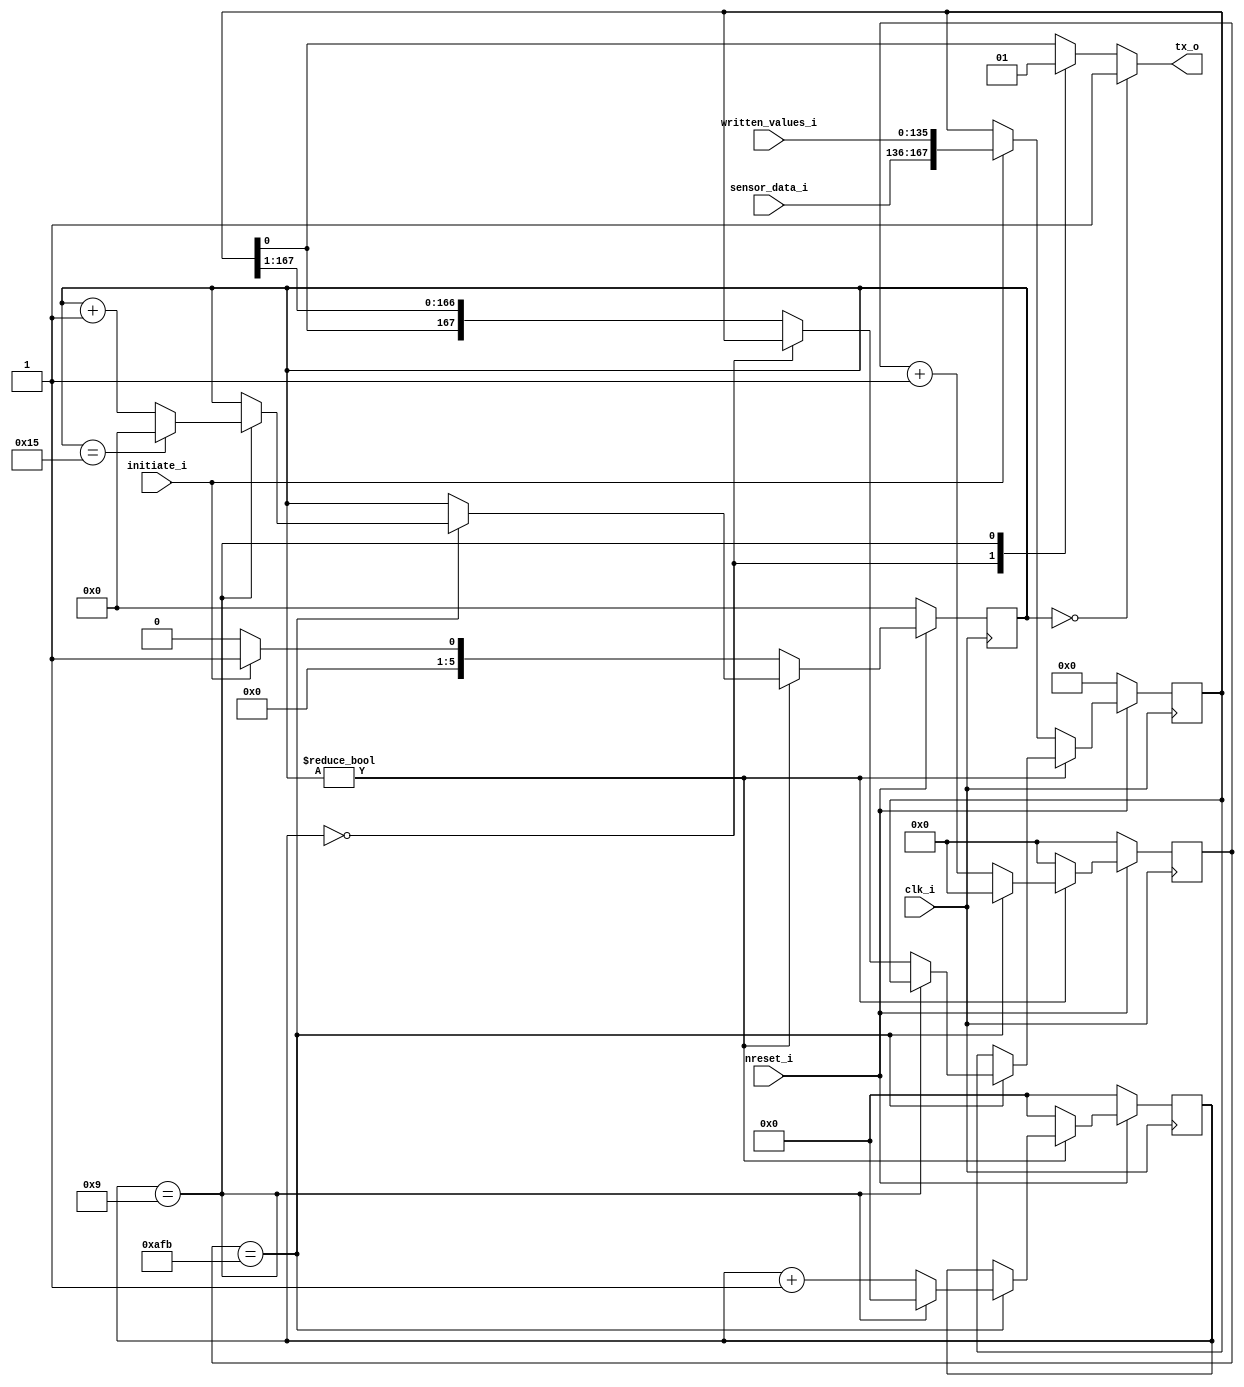
module UARTDebugger(
    input clk_i,
    input nreset_i,

    input [135:0] written_values_i,
    input [31:0] sensor_data_i,
    input initiate_i,

    output reg tx_o
    );

    reg [167:0] temp_shift_reg;
    reg [16:0] clk_counter;

    reg [3:0] bit_counter;
    reg [5:0] byte_counter;

    // localparam [16:0] init_sample_period = 16'd4210;
    localparam [16:0] general_sample_period = 16'd2811;

    always @(posedge clk_i) begin
        if (~nreset_i) begin
            temp_shift_reg <= 168'b0;
            clk_counter <= 16'b0;
            bit_counter <= 4'b0;
            byte_counter <= 5'b0;
        end
        else if (byte_counter != 5'b0) begin // byte counter also acts like enable
            if (clk_counter == general_sample_period) begin
                if (bit_counter == 4'd9) begin
                    if (byte_counter == 5'd21) begin
                        temp_shift_reg <= temp_shift_reg;
                        clk_counter <= 16'b0;
                        bit_counter <= 4'b0;
                        byte_counter <= 5'b0; // setting byte counter to 0 will make us 'exit the loop'
                    end
                    else begin
                        temp_shift_reg <= temp_shift_reg;
                        clk_counter <= 16'b0;
                        bit_counter <= 4'b0;
                        byte_counter <= byte_counter + 1;
                    end
                end
                else if (bit_counter == 4'b0) begin
                    temp_shift_reg <= temp_shift_reg;
                    clk_counter <= 16'b0;
                    bit_counter <= bit_counter + 1;
                    byte_counter <= byte_counter;
                end
                else begin
                    temp_shift_reg <= {temp_shift_reg[0], temp_shift_reg[167:1]};
                    clk_counter <= 16'b0;
                    bit_counter <= bit_counter + 1;
                    byte_counter <= byte_counter;
                end
            end
            else begin
                temp_shift_reg <= temp_shift_reg;
                clk_counter <= clk_counter + 1;
                bit_counter <= bit_counter;
                byte_counter <= byte_counter;
            end
        end
        else if (initiate_i) begin
            temp_shift_reg <= {sensor_data_i, written_values_i};
            clk_counter <= 16'b0;
            bit_counter <= 4'b0;
            byte_counter <= 5'd1;
        end
        else begin
            temp_shift_reg <= temp_shift_reg;
            clk_counter <= 16'b0;
            bit_counter <= 4'b0;
            byte_counter <= 5'b0;
        end
    end

    always @(*) begin
        if (byte_counter == 5'b0) tx_o = 1;

        else case(bit_counter) 
            4'd0: tx_o = 0;
            4'd9: tx_o = 1;
            default: tx_o = temp_shift_reg[0];
        endcase
    end
endmodule